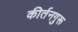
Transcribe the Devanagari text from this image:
कीर्तनगुरू